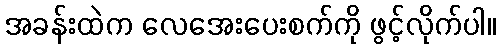
အခန်းထဲက လေအေးပေးစက်ကို ဖွင့်လိုက်ပါ။